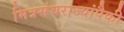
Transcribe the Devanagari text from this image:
मित्रसंघराज्यांपैकी